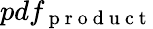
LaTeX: pdf_{\mathrm{~p~r~o~d~u~c~t~}}